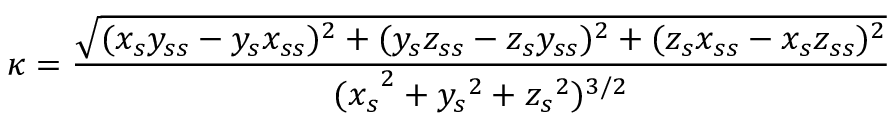
\kappa = \frac { \sqrt { ( x _ { s } y _ { s s } - y _ { s } x _ { s s } ) ^ { 2 } + ( y _ { s } z _ { s s } - z _ { s } y _ { s s } ) ^ { 2 } + ( z _ { s } x _ { s s } - x _ { s } z _ { s s } ) ^ { 2 } } } { { ( x _ { s } } ^ { 2 } + { y _ { s } } ^ { 2 } + { z _ { s } } ^ { 2 } ) ^ { 3 / 2 } }